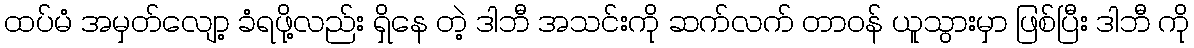
ထပ်မံ အမှတ်လျော့ ခံရဖို့လည်း ရှိနေ တဲ့ ဒါဘီ အသင်းကို ဆက်လက် တာဝန် ယူသွားမှာ ဖြစ်ပြီး ဒါဘီ ကို